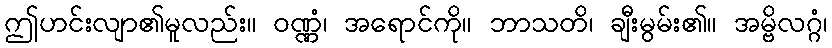
ဤဟင်းလျာ၏မူလည်း။ ဝဏ္ဏံ၊ အရောင်ကို။ ဘာသတိ၊ ချီးမွမ်း၏။ အမ္ဗိလဂ္ဂံ၊